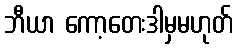
ဘီယာ ကော့တေးဒါမှမဟုတ်